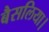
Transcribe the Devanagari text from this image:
बैसलिया।